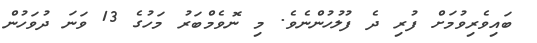
ބައިވެރިވުމަށް ފުރި ދެ ފުލުހުންނެވެ. މި ނޮވެމްބަރު މަހުގެ 13 ވަނަ ދުވަހުން